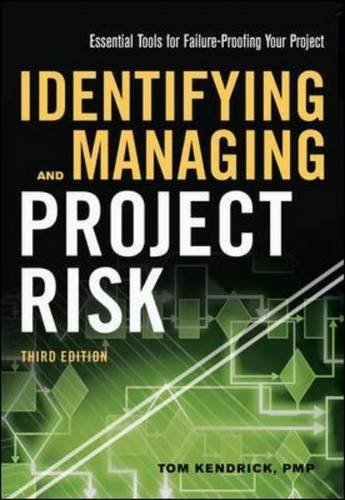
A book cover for Identifying and Managing Project Risk: Essential Tools for Failure-Proofing Your Project; Tom Kendrick PMP; Business & Money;